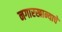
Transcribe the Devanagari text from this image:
नगारखान्याचे